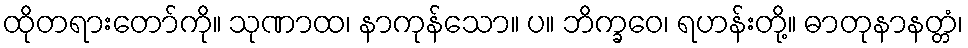
ထိုတရားတော်ကို။ သုဏာထ၊ နာကုန်သော။ ပ။ ဘိက္ခဝေ၊ ရဟန်းတို့။ ဓာတုနာနတ္တံ၊